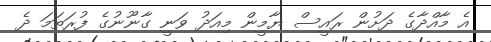
އެ މާއްދާގެ ދަށުން ރައީސް ޔާމީން މިއަދު ވަނީ ގާނޫނުގެ ފުރަތަމަ ދެ